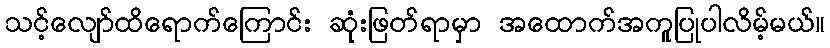
သင့်လျော်ထိရောက်ကြောင်း ဆုံးဖြတ်ရာမှာ အထောက်အကူပြုပါလိမ့်မယ်။